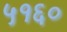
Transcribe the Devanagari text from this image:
५१६०